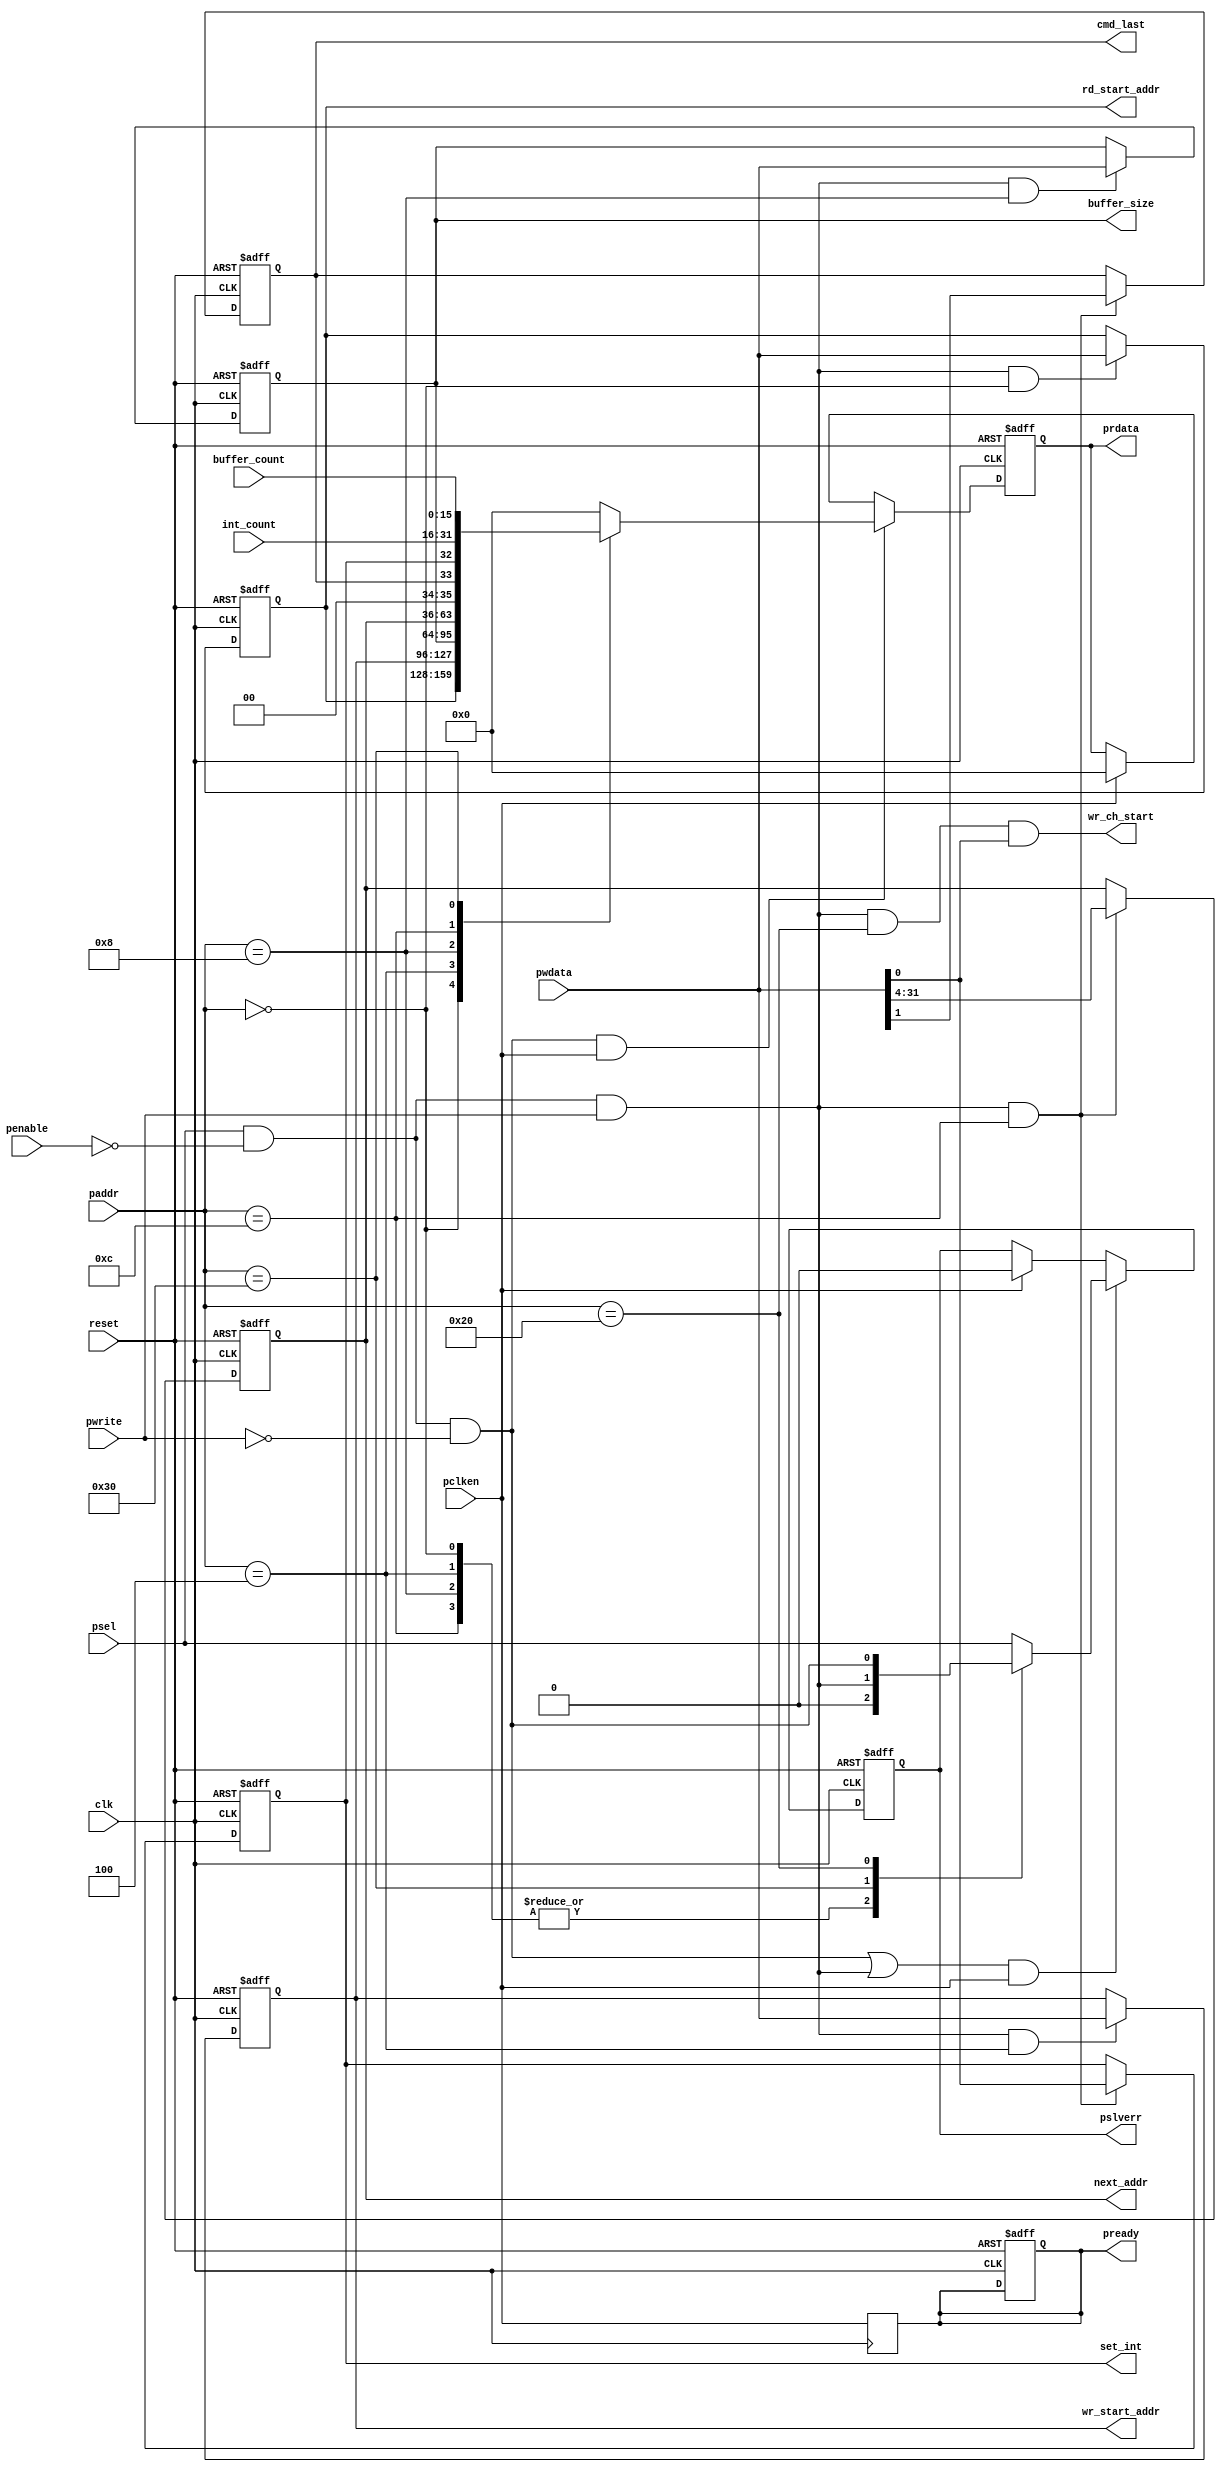
module DMA_regfile (clk,
		reset,		// INPUT...Active low reset
		pclken,		// INPUT...APB processor clock
		psel,		// INPUT...Select a particular device
		penable,	// INPUT...Enable data line
		paddr,		// INPUT...Address lines from the APB bus
		pwrite,		// INPUT...1'bx={0, 1} ? write transfer : read transfer
		pwdata,		// INPUT...Input data bus from APB bus
		prdata,		// OUTPUT...Output data bus to the APB transfer
		pslverr,	// OUTPUT...Error signal that indicates failure of a transfer
		pready,		// OUTPUT...Used by slave to extend the APB transfer
		buffer_count,
		int_count,
		rd_start_addr,	// OUTPUT...Enable signal for reading data from the ram connected to APB IF
		wr_start_addr,	// OUTPUT...Enable signal for writing data to the ram connected to APB IF
		buffer_size,
		set_int,
		cmd_last,
		next_addr,	// OUTPUT...Next address of the ram to which data has to be written or read from
		wr_ch_start);

	parameter			ADDR_BITS = 16;

	input				clk;
	input				reset;
	input				pclken;
	input				psel;
	input				penable;
	input [ADDR_BITS-1:0]	paddr;
	input				pwrite;
	input [31:0]		pwdata;
	output [31:0]		prdata;
	output				pslverr;
	output				pready;

	input [15:0]		buffer_count;
	input [15:0]		int_count;
	output [31:0]		rd_start_addr;
	output [31:0]		wr_start_addr;
	output [31:0]		buffer_size;
	output				set_int;
	output				cmd_last;
	output [27:0]		next_addr;
	output				wr_ch_start;


	wire			gpwrite;
	wire			gpread;
	reg [31:0]		prdata_pre;
	reg				pslverr_pre;
	reg [31:0]		prdata;
	reg				pslverr;
	reg				pready;

	wire			wr_reg0, wr_reg1, wr_reg2, wr_reg3, wr_reg4;
	reg [31:0]		rd_reg0, rd_reg1, rd_reg2, rd_reg3, rd_reg5;

	reg [31:0]		rd_start_addr;
	reg [31:0]		wr_start_addr;
	reg [31:0]		buffer_size;
	reg				set_int;
	reg				cmd_last;
	reg [27:0]		next_addr;
	
	//TA XWRAFIA MAS
	reg				last_tick;
	//TELEIWNOUN EDW

	wire			wr_ch_start;
   
	//---------------------- addresses-----------------------------------
	parameter		CONFIG0 = 'h0;		//DMA command reg 0
	parameter		CONFIG1 = 'h4;		//DMA command reg 1
	parameter		CONFIG2 = 'h8;		//DMA command reg 2
	parameter		CONFIG3 = 'hC;		//DMA command reg 3
	parameter		START	= 'h20;		//Channel start
	parameter		STATUS	= 'h30;		//Channel status

	//---------------------- gating -------------------------------------
	assign			gpwrite	= psel & (~penable) & pwrite;
	assign			gpread	= psel & (~penable) & (~pwrite);

	//---------------------- Write Operations ---------------------------
	assign			wr_reg0 = gpwrite & (paddr == CONFIG0);
	assign			wr_reg1 = gpwrite & (paddr == CONFIG1);
	assign			wr_reg2 = gpwrite & (paddr == CONFIG2);
	assign			wr_reg3 = gpwrite & (paddr == CONFIG3);
	assign			wr_reg4 = gpwrite & (paddr == START);

	//DMA command reg 0
	always @(posedge clk or posedge reset)
		if (reset)
			begin
				rd_start_addr <= 32'd0;	//Read start address
			end
		else if (wr_reg0)
			begin
				rd_start_addr <= pwdata[31:0];
			end
       
	//DMA command reg 1
	always @(posedge clk or posedge reset)
		if (reset)
			begin
				wr_start_addr <= 32'd0;	//Write start address
			end
		else if (wr_reg1)
			begin
				wr_start_addr <= pwdata[31:0];
			end
       
	//DMA command reg 2
	always @(posedge clk or posedge reset)
		if (reset)
			begin
				buffer_size <= 32'd0;	//Buffer size
			end
		else if (wr_reg2)
			begin
				buffer_size <= pwdata[31:0];
			end
	   
	//DMA command reg 3
	always @(posedge clk or posedge reset)
		if (reset)
			begin
				set_int		<=  1'd0;	//Set interrupt on completion
				cmd_last	<=  1'd1;	//Last command in list
				next_addr	<=  28'd0;	//Next command address
			end
		else if (wr_reg3)
			begin
				set_int		<=  pwdata[0:0];
				cmd_last	<=  pwdata[1:1];
				next_addr	<=  pwdata[31:4];
			end

	assign  wr_ch_start = {1{wr_reg4}} & pwdata[0:0];
          
	//---------------------- Read Operations ----------------------------
	always @(*)
		begin
			rd_reg0  = {32{1'b0}};
			rd_reg1  = {32{1'b0}};
			rd_reg2  = {32{1'b0}};
			rd_reg3  = {32{1'b0}};
			rd_reg5  = {32{1'b0}};

			rd_reg0[31:0]	= rd_start_addr;	//Read start address
			rd_reg1[31:0]	= wr_start_addr;	//Write start address
			rd_reg2[31:0]	= buffer_size;		//Buffer size
			rd_reg3[0:0]	= set_int;		//Set interrupt on completion
			rd_reg3[1:1]	= cmd_last;		//Last command in list
			rd_reg3[31:4]	= next_addr;		//Next command address
			rd_reg5[15:0]	= buffer_count;		//Buffer counter
			rd_reg5[31:16]	= int_count;		//Interrupt counter
		end
   
	always @(*)
		begin
			prdata_pre  = {32{1'b0}};

			case (paddr)
				CONFIG0	: prdata_pre = rd_reg0;
				CONFIG1	: prdata_pre = rd_reg1;
				CONFIG2	: prdata_pre = rd_reg2;
				CONFIG3	: prdata_pre = rd_reg3;
				STATUS	: prdata_pre = rd_reg5;
				default	: prdata_pre = {32{1'b0}};
			endcase
		end

   
	always @(paddr or gpread or gpwrite or psel)
		begin
			pslverr_pre = 1'b0;

			case (paddr)
				CONFIG0	: pslverr_pre = 1'b0;		//read and write
				CONFIG1	: pslverr_pre = 1'b0;		//read and write
				CONFIG2	: pslverr_pre = 1'b0;		//read and write
				CONFIG3	: pslverr_pre = 1'b0;		//read and write
				STATUS	: pslverr_pre = gpwrite;	//read only
				START	: pslverr_pre = gpread;		//write only
				default	: pslverr_pre = psel;		//decode error
			endcase
		end

     
	//---------------------- Sample outputs -----------------------------
	always @(posedge clk or posedge reset)
		if (reset)
			prdata <=  {32{1'b0}};
		else if (gpread & pclken)
			prdata <=  prdata_pre;
		else if (pclken)
			prdata <=  {32{1'b0}};
   
	always @(posedge clk or posedge reset)
		if (reset)
			begin
				pslverr	<=  1'b0;
				pready	<=  1'b0;
			end
		else if ((gpread | gpwrite) & pclken)
			begin
				pslverr	<=  pslverr_pre;
//				pready	<=  1'b1;				////
			end
		else if (pclken)
			begin
				pslverr	<=  1'b0;
//				pready	<=  1'b0;				////
			end
			
/*	always @(posedge clk or posedge reset)
		if (reset)
			begin
				last_tick	<= 1'b0;
			end
		else if (penable & ~last_tick)
			begin			
				pready	<= penable;
				last_tick	<= 1'b1;
			end
		else if ((penable == 1'b0) & last_tick)
			begin
				pready	<= 1'b0;
			end
		*/

	always @(posedge clk)
		pready <= pclken;
		
endmodule